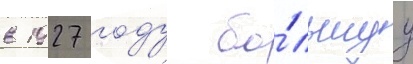
в 1927 году бо́льшуу